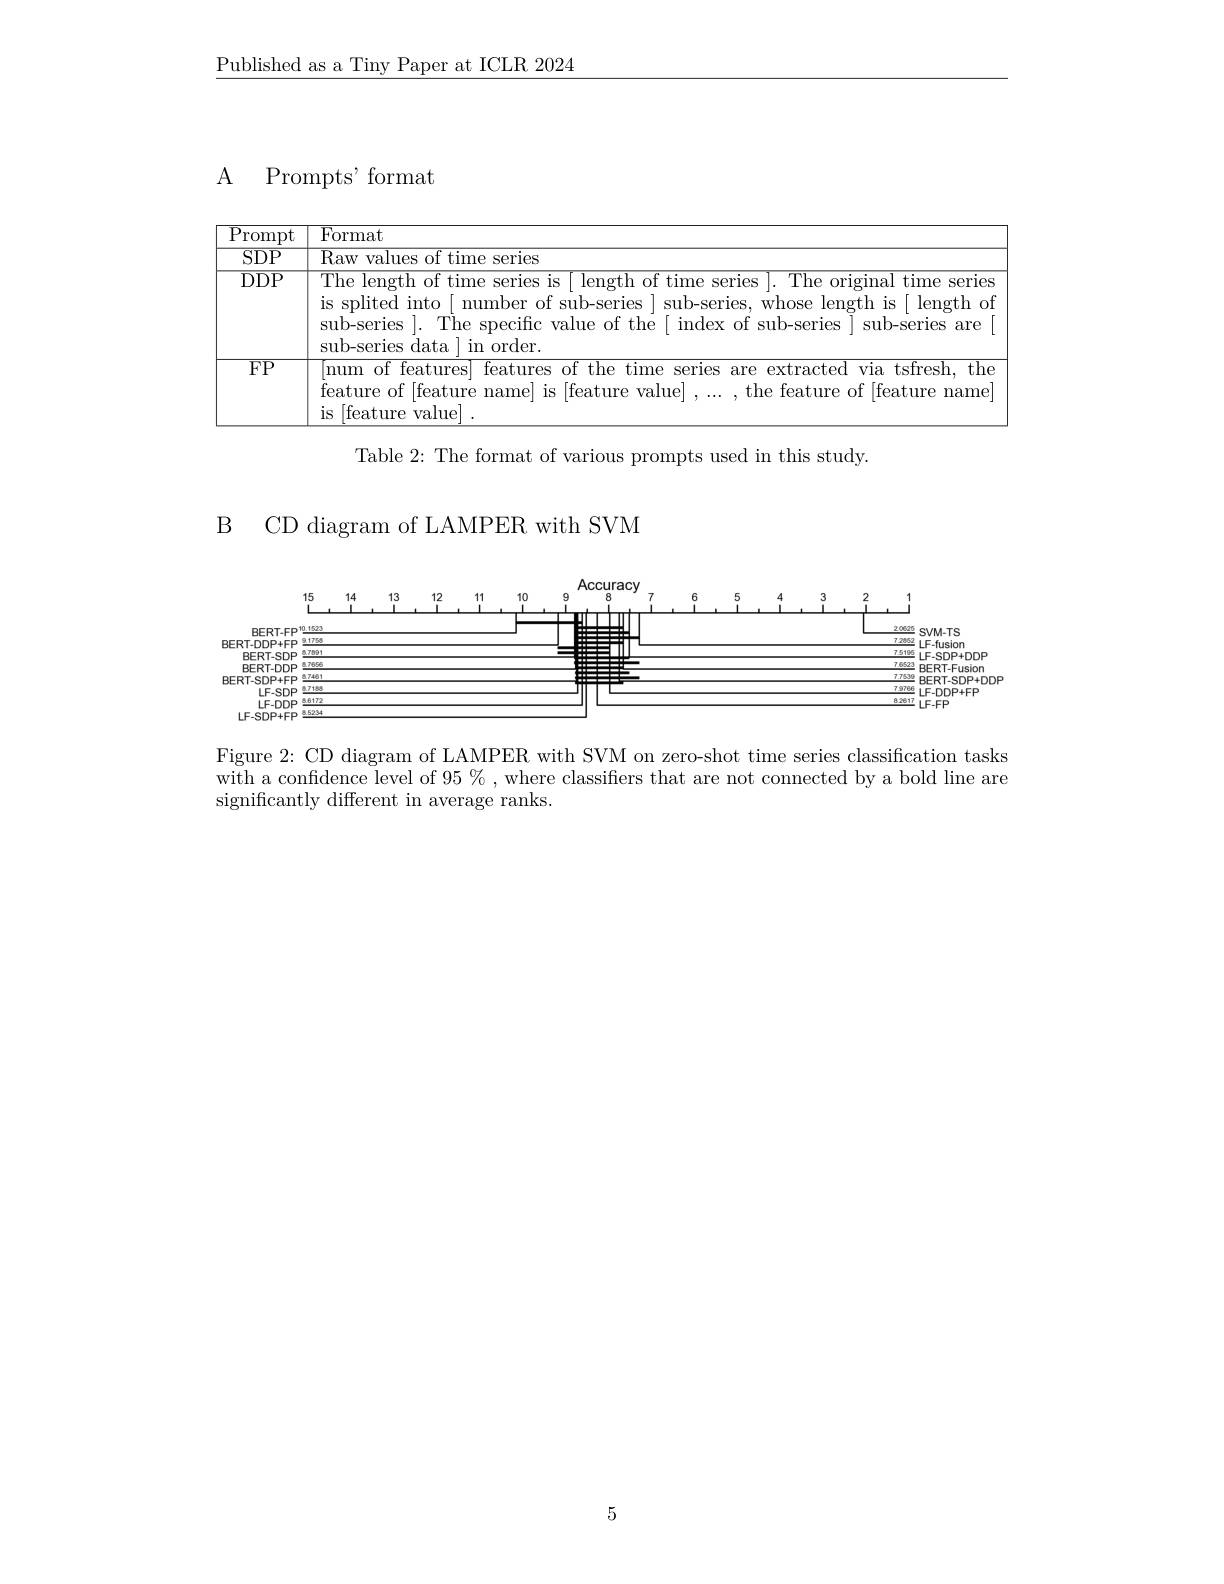
$\underline{\text{Published as a Tiny Paper at ICLR 2024}}$

${\mathrm{A} }$ ${\mathrm{Prompts}}, {\mathrm{format}}$

<table>
	<tbody>
		<tr>
			<th>$\overline{{\mathrm{Prompt}}}$</th>
			<th>Format</th>
		</tr>
		<tr>
			<td>$\overline{\mathrm{SDP}}$</td>
			<td>$\overline{\mathrm{Raw~values~of~time~series}}$</td>
		</tr>
		<tr>
			<td>$\overline{\mathrm{DDP}}$</td>
			<td>The length of time series is [ length of time series ]. The original time series is splited into[ number of sub-series ] sub-series, whose length is[ length ot sub-series ]. The specific value of the [ index of sub-series ] sub-series are sub-series data | in order.</td>
		</tr>
		<tr>
			<td>$\overline{\mathrm{FP}}$</td>
			<td>[ num of features] features of the time series are extracted via tsfresh, the feature of [feature name] is [feature value] ,..., the feature of [feature name] is [ feature value]</td>
		</tr>
	</tbody>
</table>

Table 2: The format of various prompts used in this study.

B CD diagram of LAMPER with SVM

<FigureHere>
$BERT.$

Figure 2: CD diagram of LAMPER with SVM on zero-shot time series classification tasks with a confidence level of $95\%$ , where classifiers that are not connected by a bold line are significantly different in average ranks.

5